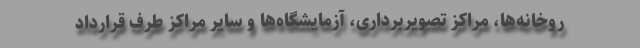
روخانه‌ها، مراکز تصویربرداری، آزمایشگاه‌ها و سایر مراکز طرف قرارداد